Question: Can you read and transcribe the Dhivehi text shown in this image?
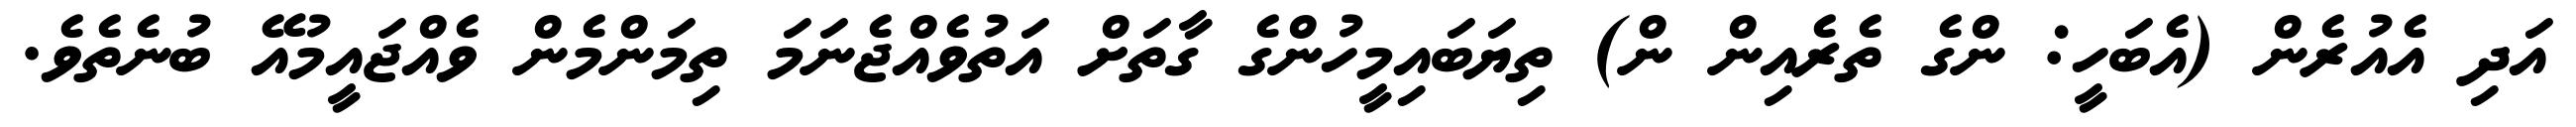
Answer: އަދި އެއުރެން (އެބަހީ: ންގެ ތެރެއިން ން) ތިޔަބައިމީހުންގެ ގާތަށް އަތުވެއްޖެނަމަ ތިމަންމެން ވެއްޖައީމުއޭ ބުނެތެވެ.